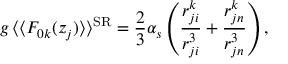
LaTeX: g \, \langle \langle F _ { 0 k } ( z _ { j } ) \rangle \rangle ^ { \mathrm { S R } } = \frac { 2 } { 3 } \alpha _ { s } \left( \frac { r _ { j i } ^ { k } } { r _ { j i } ^ { 3 } } + \frac { r _ { j n } ^ { k } } { r _ { j n } ^ { 3 } } \right) ,